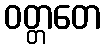
ဝတ္တတေ